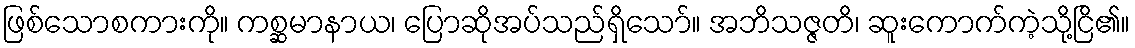
ဖြစ်သောစကားကို။ ကစ္ဆမာနာယ၊ ပြောဆိုအပ်သည်ရှိသော်။ အဘိသဇ္ဇတိ၊ ဆူးကောက်ကဲ့သို့ငြိ၏။